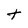
Character: t